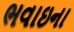
ભવાઇના